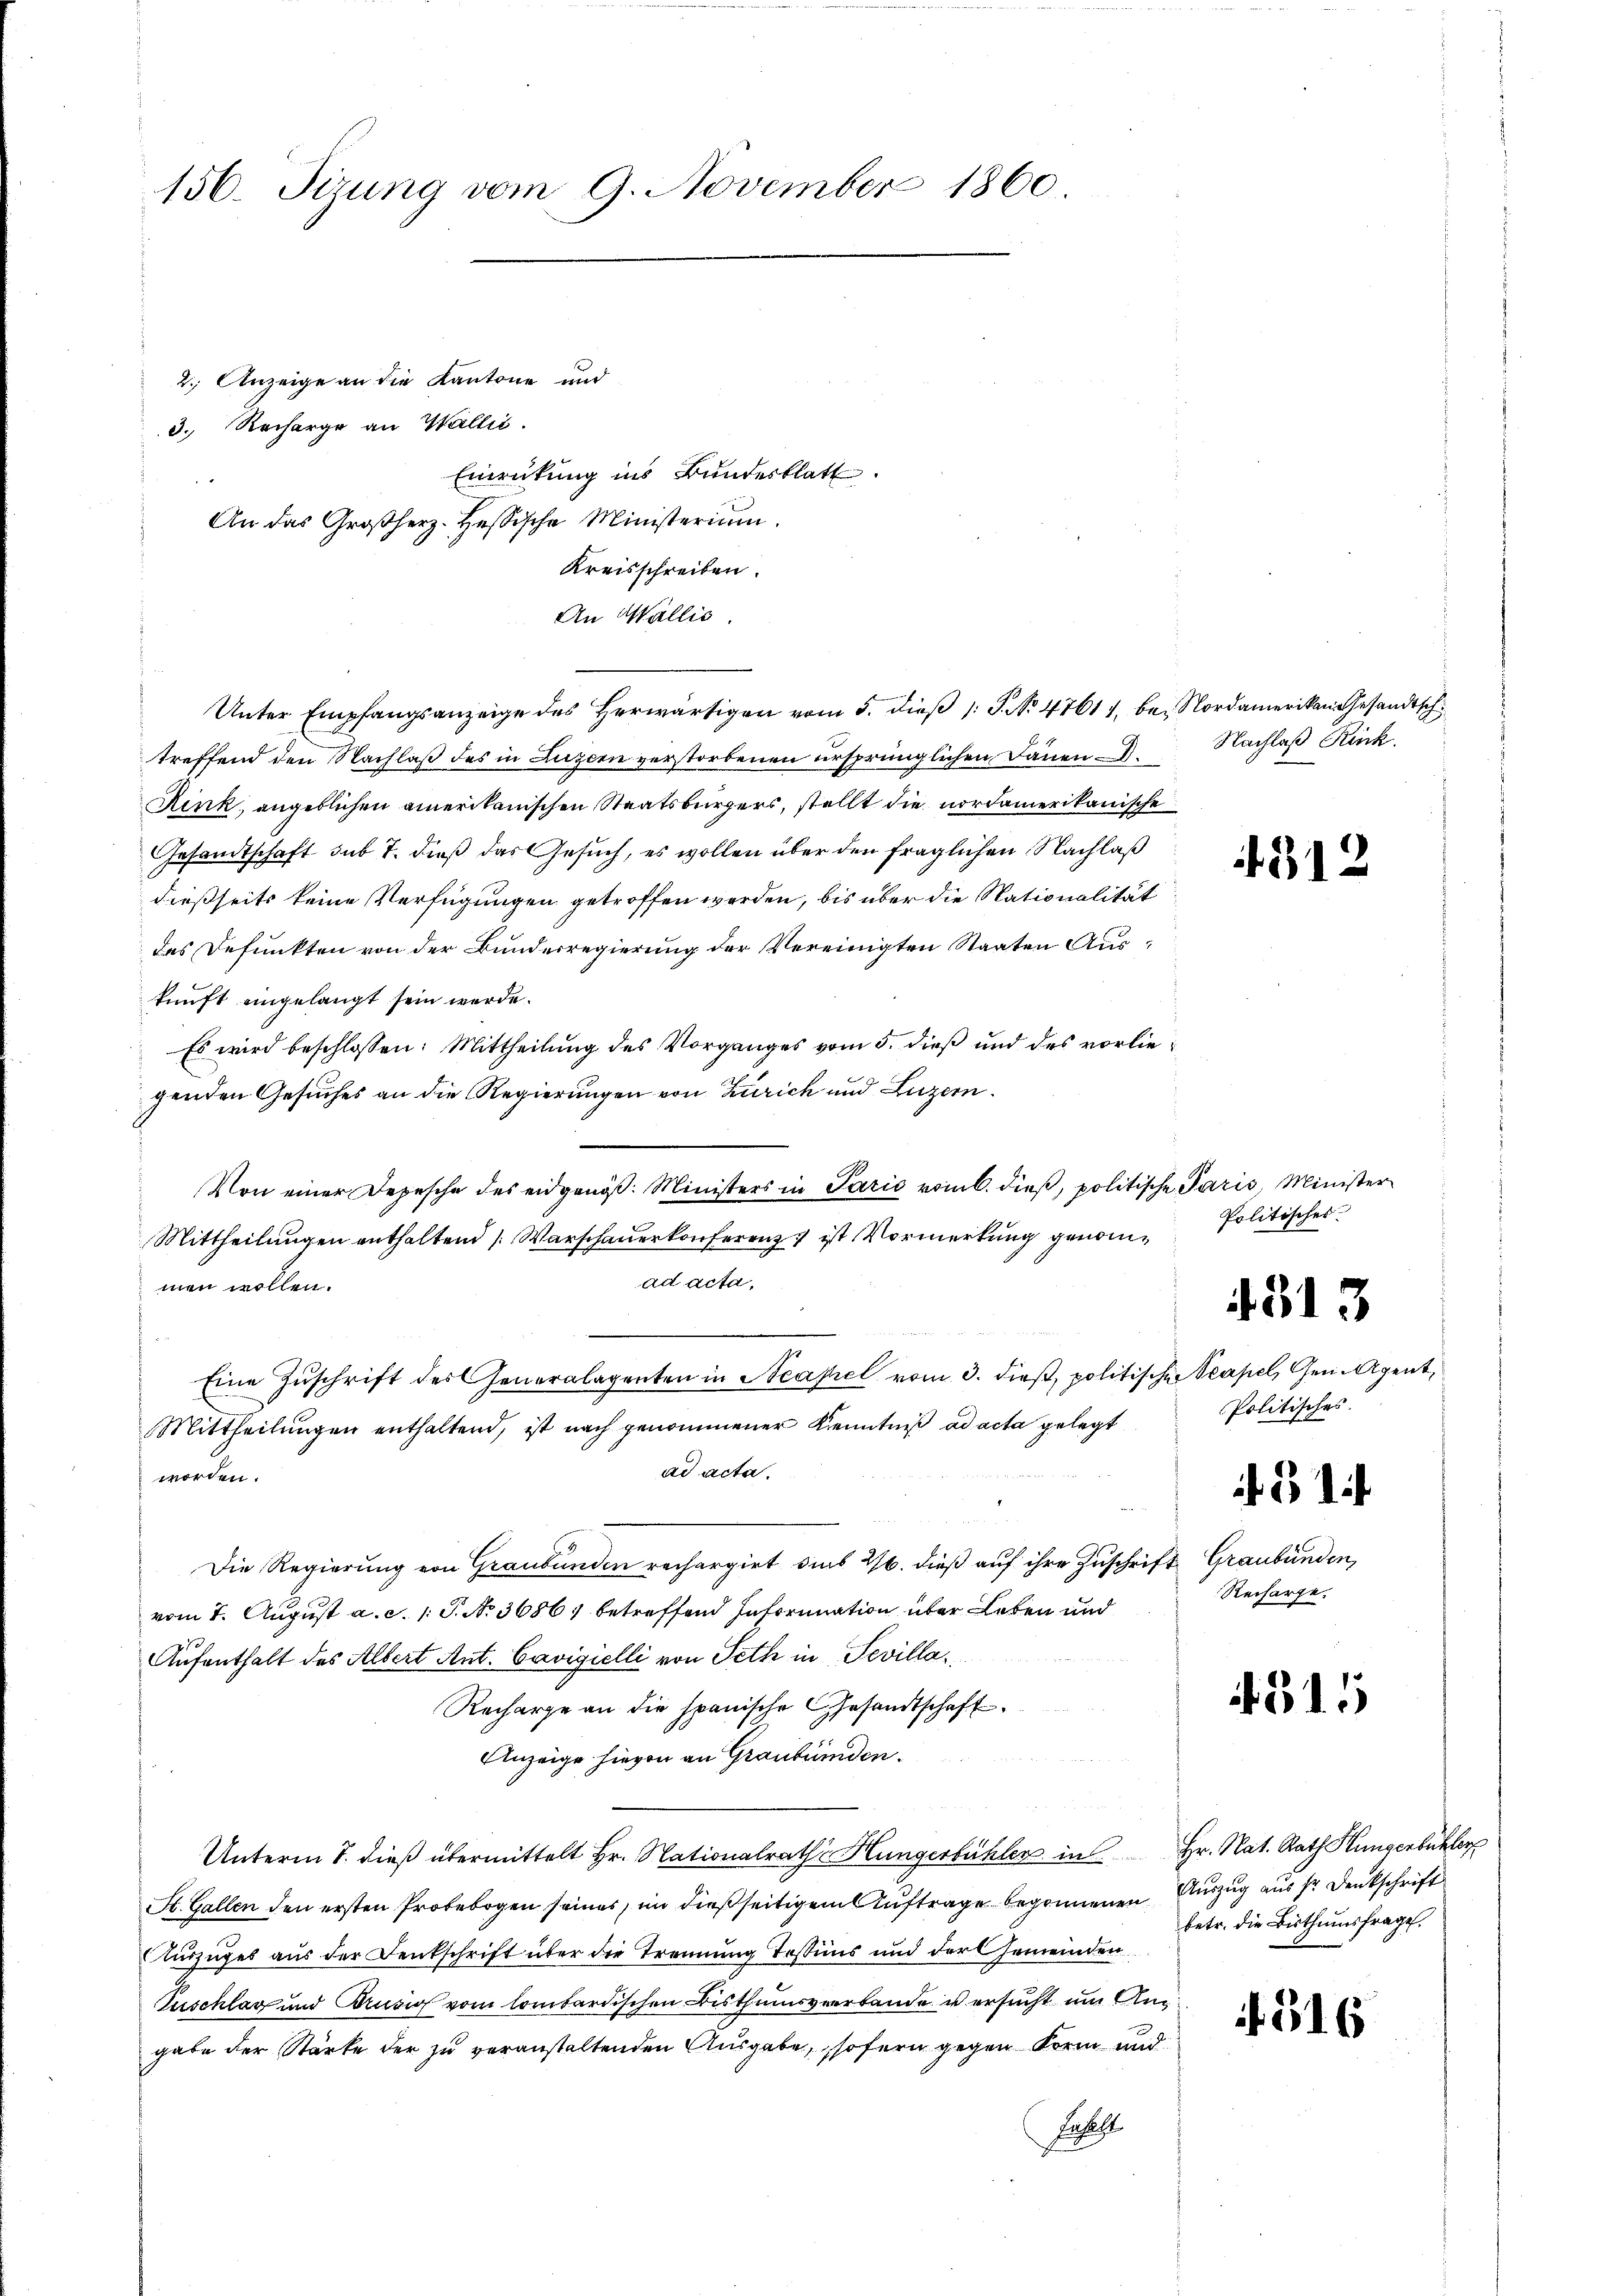
156. Sizung vom 9. November 1860.

2.) Anzeige an die Kantone und
3. Recharge an Wallić.
Einrückung ins Bundesblatt.
Kreisschreiben.
An Wallis.
Unter Empfangsanzeige des herwärtigen vom 5. dieβ (: P. No 47614, bei Nordamerikan Gesandtsch
treffend den Nachlaß des in Luzern verstorbenen ursprünglichen Dänen.
Rink, angeblichen amerikanischen Staatsbürgers, stellt die nordamerikanische
Gesandtschaft sub 7. dieß das Gesuch, es wollen über den fraglichen Nachlaß
dießseits keine Verfügungen getroffen werden, bis über die Nationalität
des Defunkten von der Bunderregierung der Vereinigten Staaten Auskunft eingelangt sein werde.
Es wird beschlossen: Mittheilung des Vorganges vom 5. dieß und des vorliegenden Gesuches an die Regierungen von Zürich und Luzern.
Von einer Depesche des eidgenöß. Ministers in Paris vom 6. dieß, politische Paris, Minister
Mittheilungen enthaltend [Warschauerkonferenz ist Vormerkung genomad acta,
men wollen.
Eine Zuschrift des Generalagenten in Neapel vom 3. dieß, politische Neapel, Gen. Agent,
Mittheilŭngen enthaltend, ist nach genommener Kenntniß ad acta gelegt
ad acta.
worden.
Die Regierung von Graubünden rechargirt dies 26. dieß auf ihre Zuschrift Graubünden,
vom 7. August a. c. 1 S. N. 3686) betreffend Information über Leben und
Aufenthalt des Albert Ant. Cavizielli von Peth in Tevilla¬
Recharge an die spanische Gesandtschaft
Anzeige hievon an Graubünden.
Unterm 7. dieß übermittelt Hr. Nationalrath Hungerbühler in Hr. Nat. Rath Hungerbüchler
St. Gallen den ersten Probebogen seines, in dießseitigem Auftrage begonnenen Auszug aus sr. Denkschrift
Auszuges aus der Denkschrift über die Trennung Testins und der Gemeinden
uschlag und Brusion vom lombardischen Bisthumsverbande versucht um An
gabe der Stärke der zu veranstaltenden Ausgabe, sofern gegen Form und
F

An das Großherz-Hessische Ministerium.

Nachlaß Rück

312

Politisches

4313

Politisches.

i 31.

Recharge.

.511

betr. die Bisthumsfrage.

. 516